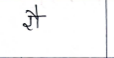
मजकूर: रौ